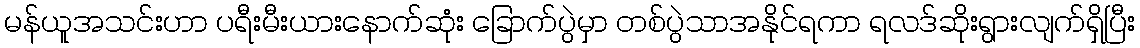
မန်ယူအသင်းဟာ ပရီးမီးယားနောက်ဆုံး ခြောက်ပွဲမှာ တစ်ပွဲသာအနိုင်ရကာ ရလဒ်ဆိုးရွားလျက်ရှိပြီး